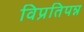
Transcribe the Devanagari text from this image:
विप्रतिपन्न